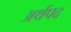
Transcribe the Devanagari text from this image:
अर्थपद